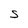
Character: S